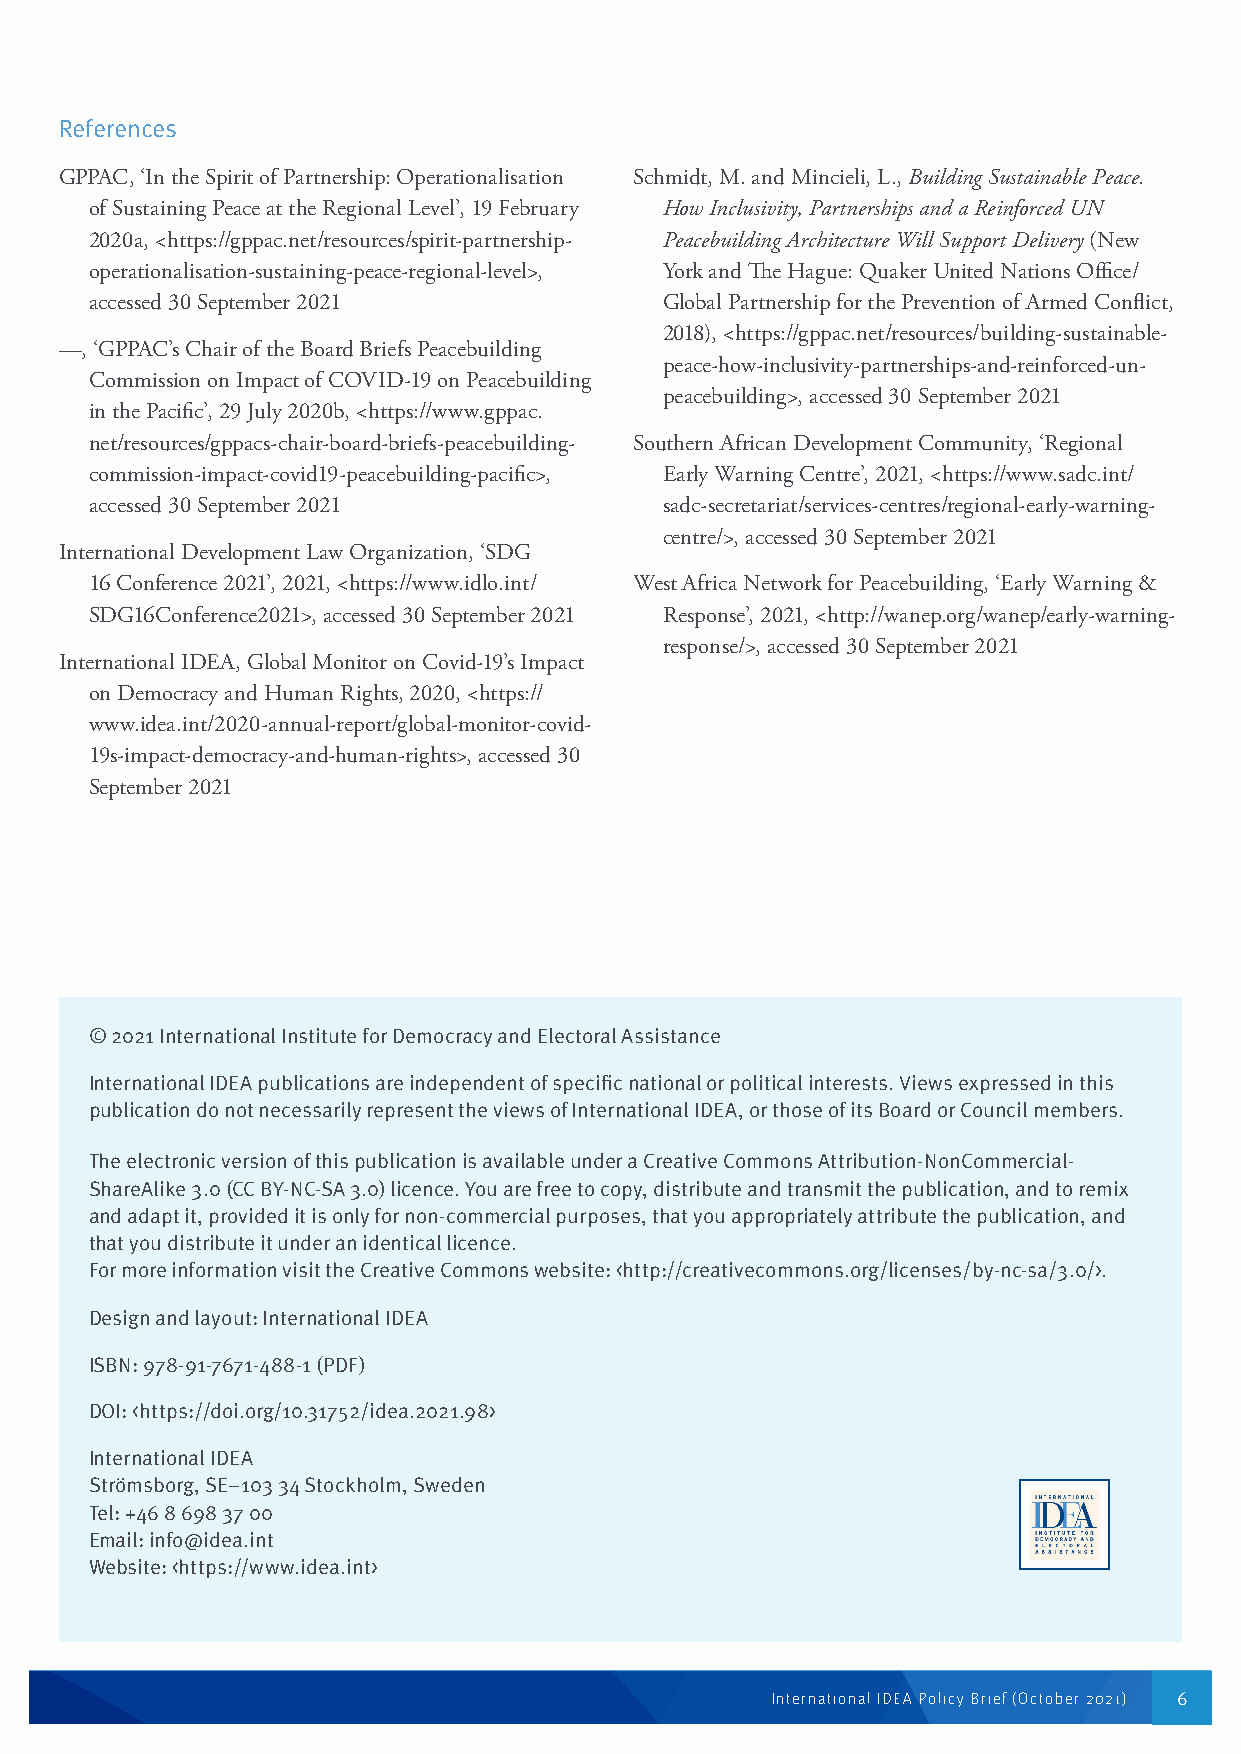
References
 GPPAC, ‘In the Spirit of Partnership: Operationalisation Schmidt, M. and Mincieli, L., Building Sustainable Peace.
 of Sustaining Peace at the Regional Level’, 19 February How Inclusivity, Partnerships and a Reinforced UN
 2020a, <https://gppac.net/resources/spirit-partnership- Peacebuilding Architecture Will Support Delivery (New
 operationalisation-sustaining-peace-regional-level>, York and The Hague: Quaker United Nations Office/
 accessed 30 September 2021            Global Partnership for the Prevention of Armed Conflict,
 2018), <https://gppac.net/resources/building-sustainable-
 —, ‘GPPAC’s Chair of the Board Briefs Peacebuilding
 peace-how-inclusivity-partnerships-and-reinforced-un-
 Commission on Impact of COVID-19 on Peacebuilding
 peacebuilding>, accessed 30 September 2021
 in the Pacific’, 29 July 2020b, <https://www.gppac.
 net/resources/gppacs-chair-board-briefs-peacebuilding- Southern African Development Community, ‘Regional
 commission-impact-covid19-peacebuilding-pacific>, Early Warning Centre’, 2021, <https://www.sadc.int/
 accessed 30 September 2021            sadc-secretariat/services-centres/regional-early-warning-
 centre/>, accessed 30 September 2021
 International Development Law Organization, ‘SDG
 16 Conference 2021’, 2021, <https://www.idlo.int/ West Africa Network for Peacebuilding, ‘Early Warning &
 SDG16Conference2021>, accessed 30 September 2021 Response’, 2021, <http://wanep.org/wanep/early-warning-
 response/>, accessed 30 September 2021
 International IDEA, Global Monitor on Covid-19’s Impact
 on Democracy and Human Rights, 2020, <https://
 www.idea.int/2020-annual-report/global-monitor-covid-
 19s-impact-democracy-and-human-rights>, accessed 30
 September 2021
 © 2021 International Institute for Democracy and Electoral Assistance
 International IDEA publications are independent of specific national or political interests. Views expressed in this
 publication do not necessarily represent the views of International IDEA, or those of its Board or Council members.
 The electronic version of this publication is available under a Creative Commons Attribution-NonCommercial-
 ShareAlike 3.0 (CC BY-NC-SA 3.0) licence. You are free to copy, distribute and transmit the publication, and to remix
 and adapt it, provided it is only for non-commercial purposes, that you appropriately attribute the publication, and
 that you distribute it under an identical licence.
 For more information visit the Creative Commons website: <http://creativecommons.org/licenses/by-nc-sa/3.0/>.
 Design and layout: International IDEA
 ISBN: 978-91-7671-488-1 (PDF)
 DOI: <https://doi.org/10.31752/idea.2021.98>
 International IDEA
 Strömsborg, SE–103 34 Stockholm, Sweden
 Tel: +46 8 698 37 00
 Email: info@idea.int
 Website: <https://www.idea.int>
 International IDEA Policy Brief (October 2021) 6